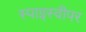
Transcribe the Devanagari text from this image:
स्पाइस्वीपर